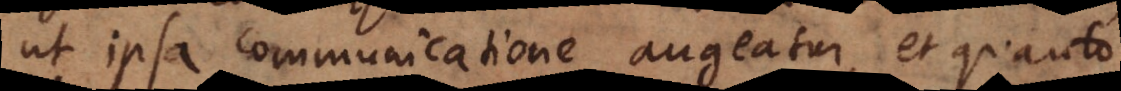
ut ipsa communicatione augeatur, et quanto